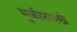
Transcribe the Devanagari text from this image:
गुंजीसारखे